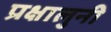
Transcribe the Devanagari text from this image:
प्रक्षालुनी